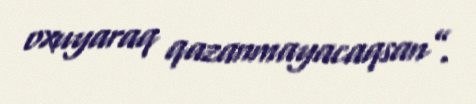
oxuyaraq qazanmayacaqsan”.